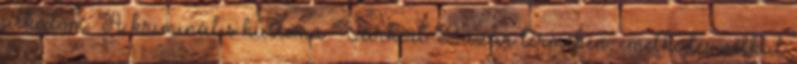
alkalom. A kriminális küllemű Várkert Bazár termében, emelkedés nélkül